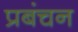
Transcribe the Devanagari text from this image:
प्रबंचन